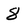
Character: 8